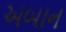
અબાન